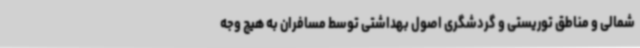
شمالی و مناطق توریستی و گردشگری اصول بهداشتی توسط مسافران به هیچ وجه